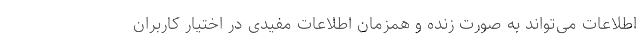
اطلاعات می‌تواند به صورت زنده و همزمان اطلاعات مفیدی در اختیار کاربران